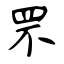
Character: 罘